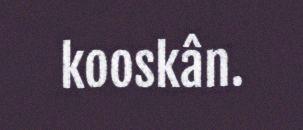
kooskân.